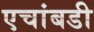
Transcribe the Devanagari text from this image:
एचांबडी